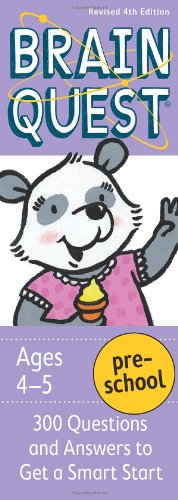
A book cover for Brain Quest Preschool, revised 4th edition: 300 Questions and Answers to Get a Smart Start; Chris Welles Feder; Children's Books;